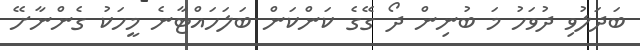
ބަދަލުވި ދުވަހު މަ ބުނިން ދޯ ގޭގެ ކަންކަން ބަލަހައްޓާނެ މީހަކު ގެންނާށޭ